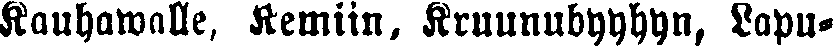
Kauhawalle, Kemiin, Kruunubyyhyn, Lapu-